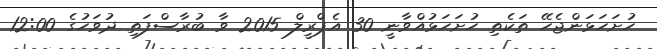
ހުށަހަޅަންޖެހޭ ތަކެތި ހުށަހަޅުއްވާނީ 30 އެޕްރީލް 2015 ވާ ބުރާސްފަތި ދުވަހުގެ 12:00